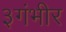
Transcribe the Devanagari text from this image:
३गंभीर